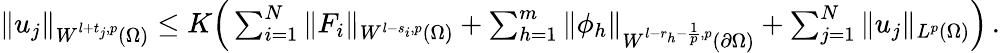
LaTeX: \begin{array}{r}{\| u_{j}\| _{W^{l+t_{j},p}(\Omega)}\leq K\Big(\sum_{i=1}^{N}\| F_{i}\| _{W^{l-s_{i},p}(\Omega)}+\sum_{h=1}^{m}\| \phi_{h}\| _{W^{l-r_{h}-\frac{1}{p},p}(\partial\Omega)}+\sum_{j=1}^{N}\| u_{j}\| _{L^{p}(\Omega)}\Big)\, .}\end{array}